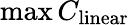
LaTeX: \operatorname*{max}C_{\mathrm{linear}}